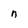
Character: n